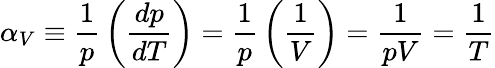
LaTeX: \alpha_{V}\equiv{\frac{1}{p}}\left({\frac{dp}{dT}}\right)={\frac{1}{p}}\left({\frac{1}{V}}\right)={\frac{1}{pV}}={\frac{1}{T}}